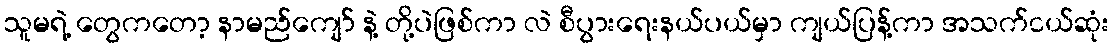
သူမရဲ့ တွေကတော့ နာမည်ကျော် နဲ့ တို့ပဲဖြစ်ကာ လဲ စီပွားရေးနယ်ပယ်မှာ ကျယ်ပြန့်ကာ အသက်ငယ်ဆုံး